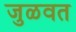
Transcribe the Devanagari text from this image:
जुळवत